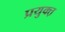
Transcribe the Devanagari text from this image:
प्रयुक्त़